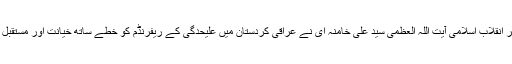
اس موقع پر گفتگو کرتے ہوئے رہبر انقلاب اسلامی آیت اللہ العظمی سید علی خامنہ ای نے عراقی کردستان میں علیحدگی کے ریفرنڈم کو خطے ساتھ خیانت اور مستقبل کے لیے خطرات کا باعث قرار دیا۔